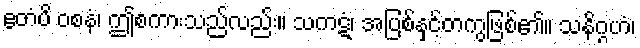
ဧတံပိ ဝစနံ၊ ဤစကားသည်လည်း။ သကဋံ၊ အပြစ်နှင့်တကွဖြစ်၏။ သနိဂ္ဂဟံ၊